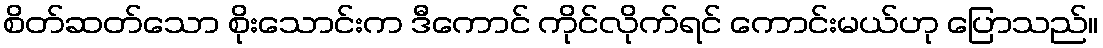
စိတ်ဆတ်သော စိုးသောင်းက ဒီကောင် ကိုင်လိုက်ရင် ကောင်းမယ်ဟု ပြောသည်။